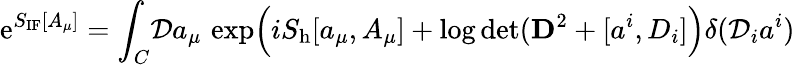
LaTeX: \mathrm{e}^{S_{\mathrm{IF}}[A_{\mu}]}=\int_{C}\! {\cal D}a_{\mu}\, \exp\Bigl(iS_{\mathrm{h}}[a_{\mu},A_{\mu}]+\log\operatorname*{det}({\mathbf D}^{2}+[a^{i},D_{i}]\Bigr)\delta({\cal D}_{i}a^{i})